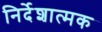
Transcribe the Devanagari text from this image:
निर्देशात्‍मक